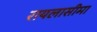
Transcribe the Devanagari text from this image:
रायलासीमा